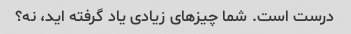
درست است. شما چیزهای زیادی یاد گرفته اید، نه؟